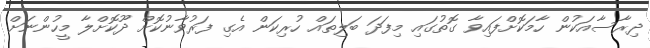
ދިރާސާއަކުން ހާމަކޮށްފައިވާ ގޮތުގައި މިފަދަ ބަލިތައް ހުރިކަން އެގި ފަރުވާނުކޮށް ދޫކޮށްލާ މީހުންނަށް